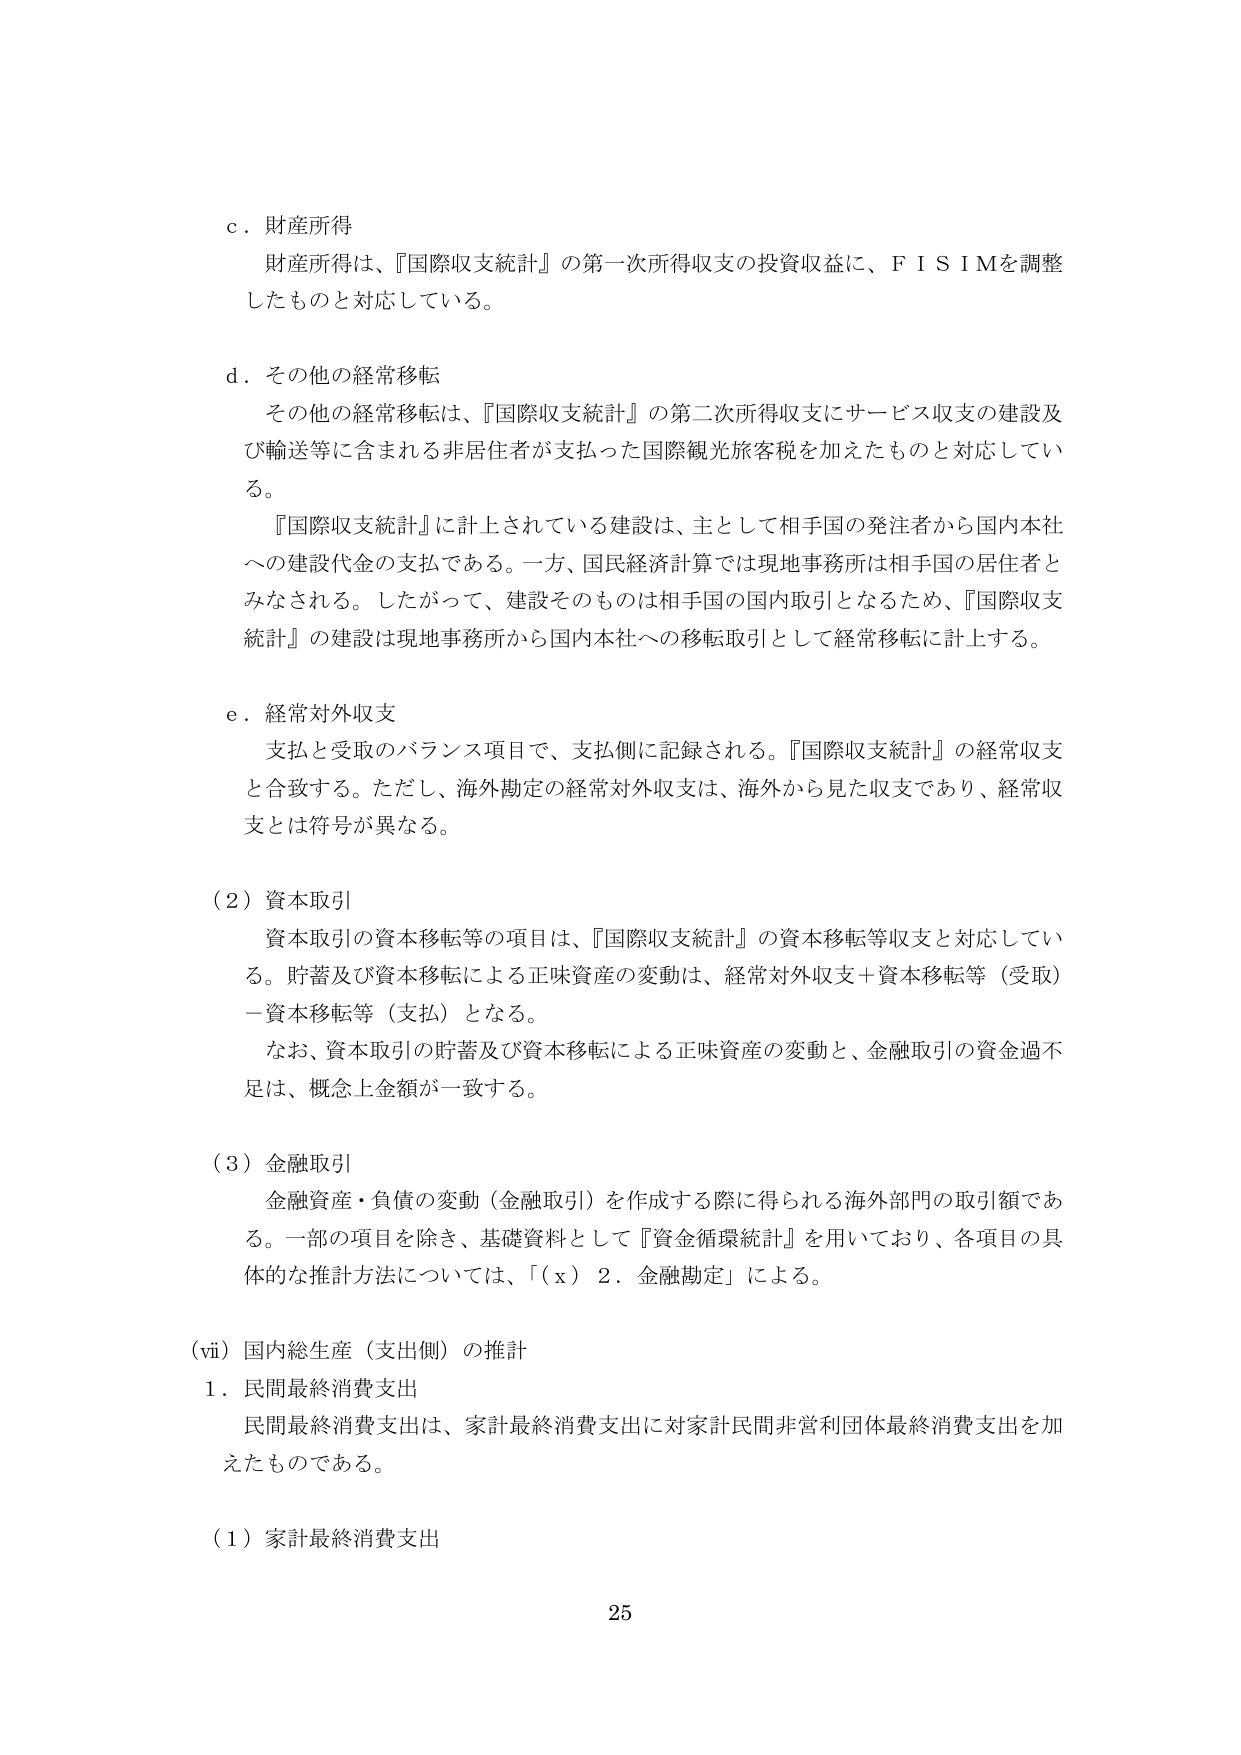
c．財産所得
財産所得は、『国際収支統計』の第一次所得収支の投資収益に、ＦＩＳＩＭを調整したものと対応している。

d．その他の経常移転
その他の経常移転は、『国際収支統計』の第二次所得収支にサービス収支の建設及び輸送等に含まれる非居住者が支払った国際観光旅客税を加えたものと対応している。
『国際収支統計』に計上されている建設は、主として相手国の発注者から国内本社への建設代金の支払である。一方、国民経済計算では現地事務所は相手国の居住者とみなされる。したがって、建設そのものは相手国の国内取引となるため、『国際収支統計』の建設は現地事務所から国内本社への移転取引として経常移転に計上する。

e．経常対外収支
支払と受取のバランス項目で、支払側に記録される。『国際収支統計』の経常収支と合致する。ただし、海外勘定の経常対外収支は、海外から見た収支であり、経常収支とは符号が異なる。

（２）資本取引
資本取引の資本移転等の項目は、『国際収支統計』の資本移転等収支と対応している。貯蓄及び資本移転による正味資産の変動は、経常対外収支＋資本移転等（受取）－資本移転等（支払）となる。
なお、資本取引の貯蓄及び資本移転による正味資産の変動と、金融取引の資金過不足は、概念上金額が一致する。

（３）金融取引
金融資産・負債の変動（金融取引）を作成する際に得られる海外部門の取引額である。一部の項目を除き、基礎資料として『資金循環統計』を用いており、各項目の具体的な推計方法については、「（ｘ）２．金融勘定」による。

（ⅵ）国内総生産（支出側）の推計
１．民間最終消費支出
民間最終消費支出は、家計最終消費支出に対家計民間非営利団体最終消費支出を加えたものである。

（１）家計最終消費支出

25